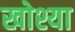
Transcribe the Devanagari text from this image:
खोश्या